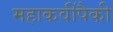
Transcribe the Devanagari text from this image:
महाकवींपैकी